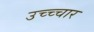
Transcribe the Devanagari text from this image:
उच्च्चार